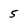
Character: 5